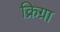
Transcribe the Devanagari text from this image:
क्रिग्रा